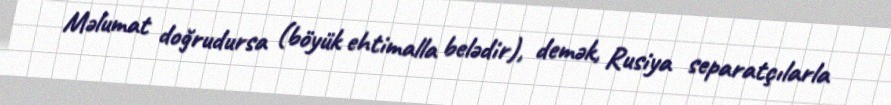
Məlumat doğrudursa (böyük ehtimalla belədir), demək, Rusiya separatçılarla